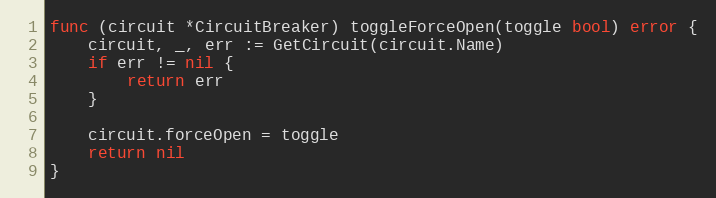
Language: Go
func (circuit *CircuitBreaker) toggleForceOpen(toggle bool) error {
	circuit, _, err := GetCircuit(circuit.Name)
	if err != nil {
		return err
	}

	circuit.forceOpen = toggle
	return nil
}